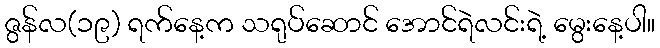
ဇွန်လ(၁၉) ရက်နေ့က သရုပ်ဆောင် အောင်ရဲလင်းရဲ့ မွေးနေ့ပါ။